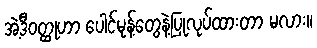
အဲ့ဒီဝတ္ထုဟာ ပေါင်မုန့်တွေနဲ့ပြုလုပ်ထားတာ မလား။